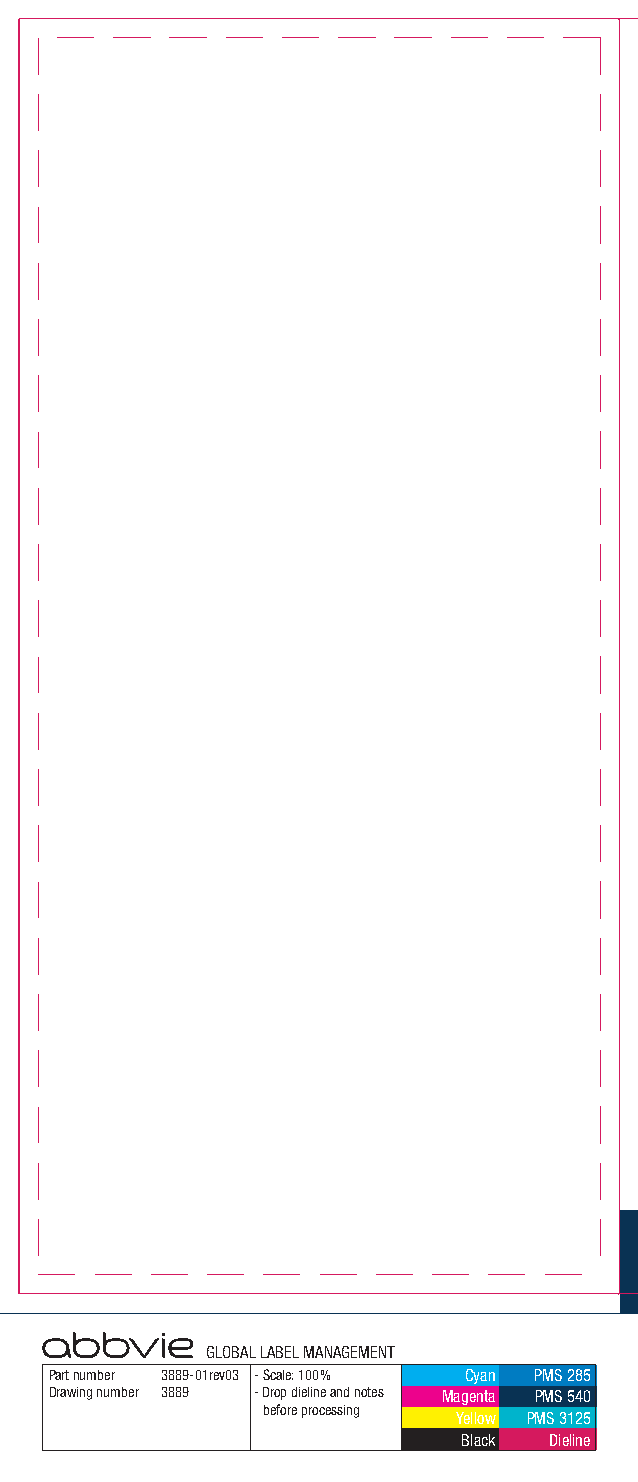
Important Factors
 GLOBAL LABEL MANAGEMENT
 Part number 3889-01rev03 - Scale: 100% Cyan PMS 285
 Drawing number 3889 - Drop dieline and notes Magenta PMS 540
 before processing
 Yellow PMS 3125
 Black Dieline